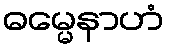
ဓမ္မေနာဟံ